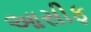
આસીફ